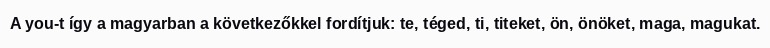
A you-t így a magyarban a következőkkel fordítjuk: te, téged, ti, titeket, ön, önöket, maga, magukat.